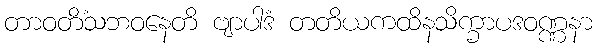
တာဝတိံသဘဝနေတိ ဗျာပါဒံ တတိယကထိနသိက္ခာပဒဝဏ္ဏနာ